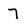
Character: 7